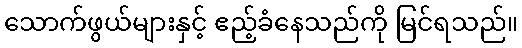
သောက်ဖွယ်များနှင့် ဧည့်ခံနေသည်ကို မြင်ရသည်။